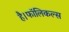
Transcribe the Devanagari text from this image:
है।फॉलिकल्स